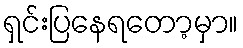
ရှင်းပြနေရတော့မှာ။